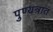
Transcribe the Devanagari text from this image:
पुण्यत्रात